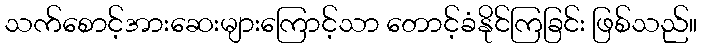
သက်စောင့်အားဆေးများကြောင့်သာ တောင့်ခံနိုင်ကြခြင်း ဖြစ်သည်။